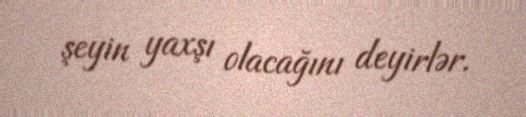
şeyin yaxşı olacağını deyirlər.